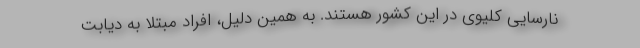
نارسایی کلیوی در این کشور هستند. به همین دلیل، افراد مبتلا به دیابت